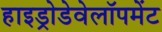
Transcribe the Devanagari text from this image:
हाइड्रोडेवेलॉपमेंट